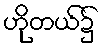
ဟိုတယ်၌